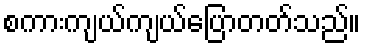
စကားကျယ်ကျယ်ပြောတတ်သည်။